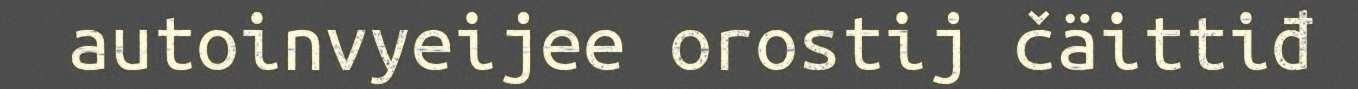
autoinvyeijee orostij čäittiđ